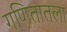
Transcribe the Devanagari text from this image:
गणितातला